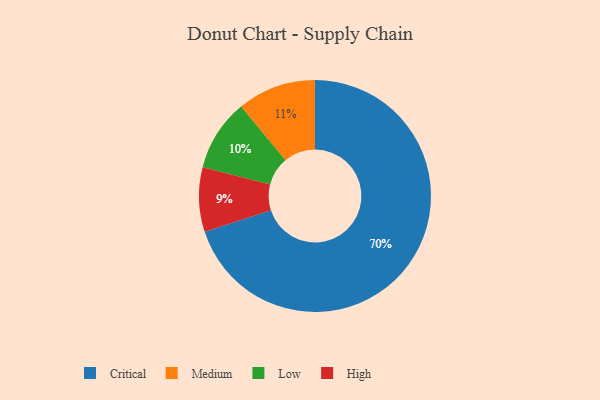
{"axis": {"x": "Category", "y": "Percentage"}, "legend": ["Critical", "High", "Low", "Medium"], "data": [{"x": "Low", "y": 10, "type": "Low"}, {"x": "Critical", "y": 70, "type": "Critical"}, {"x": "Medium", "y": 11, "type": "Medium"}, {"x": "High", "y": 9, "type": "High"}]}